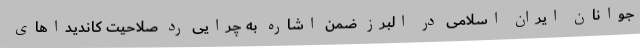
جوانان ایران اسلامی در البرز ضمن اشاره به چرایی رد صلاحیت کاندیداهای